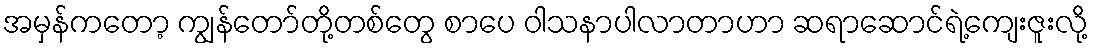
အမှန်ကတော့ ကျွန်တော်တို့တစ်တွေ စာပေ ဝါသနာပါလာတာဟာ ဆရာဆောင်ရဲ့ကျေးဇူးလို့